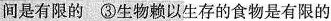
间是有限的 ③生物赖以生存的食物是有限的